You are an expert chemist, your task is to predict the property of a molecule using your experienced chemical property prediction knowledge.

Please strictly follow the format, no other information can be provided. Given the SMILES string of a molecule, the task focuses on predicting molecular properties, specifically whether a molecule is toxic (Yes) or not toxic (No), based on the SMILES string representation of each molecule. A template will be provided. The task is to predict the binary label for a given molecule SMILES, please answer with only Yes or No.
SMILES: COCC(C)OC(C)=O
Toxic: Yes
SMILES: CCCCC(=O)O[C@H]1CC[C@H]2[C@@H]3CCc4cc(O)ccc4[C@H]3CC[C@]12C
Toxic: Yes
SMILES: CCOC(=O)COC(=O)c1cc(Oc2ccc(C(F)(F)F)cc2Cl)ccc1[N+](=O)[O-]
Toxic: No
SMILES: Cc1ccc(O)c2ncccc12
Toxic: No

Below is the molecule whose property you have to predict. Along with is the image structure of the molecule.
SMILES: CC(=O)Nc1c(I)c(C(=O)N[C@H]2C(O)O[C@H](CO)[C@@H](O)[C@@H]2O)c(I)c(N(C)C(C)=O)c1I
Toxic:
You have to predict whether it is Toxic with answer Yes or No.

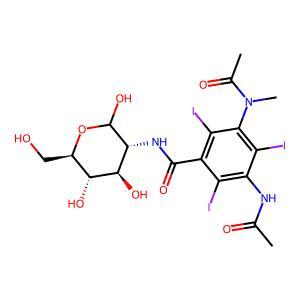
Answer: No